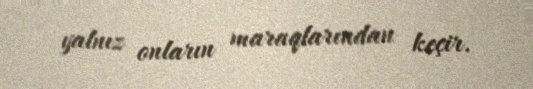
yalnız onların maraqlarından keçir.